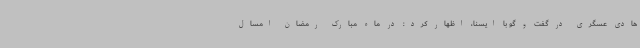
هادی عسگری در گفت و گو با ایسنا، اظهار کرد: در ماه مبارک رمضان امسال